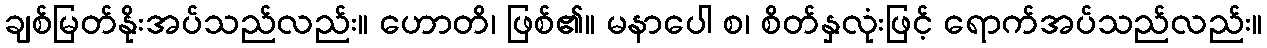
ချစ်မြတ်နိုးအပ်သည်လည်း။ ဟောတိ၊ ဖြစ်၏။ မနာပေါ စ၊ စိတ်နှလုံးဖြင့် ရောက်အပ်သည်လည်း။